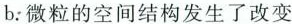
b.微粒的空间结构发生了改变